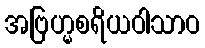
အဗြဟ္မစရိယဝါသာဝ